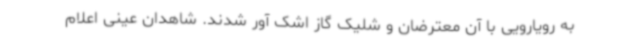
به رویارویی با آن معترضان و شلیک گاز اشک آور شدند. شاهدان عینی اعلام